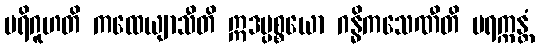
ပရိဂူဟတိ ကထေယျာသီတိ ဣဒပ္ပစ္စယော ဂန္ဓိကသေဏီတိ ပရက္ကန္တံ